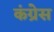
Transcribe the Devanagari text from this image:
कंग्रेस